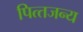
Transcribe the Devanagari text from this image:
पित्‍तजन्‍य